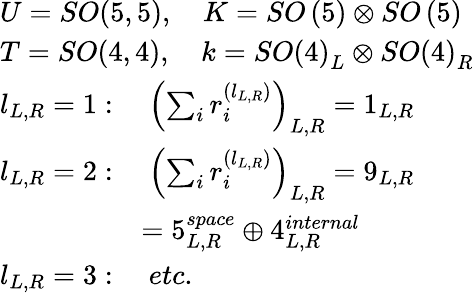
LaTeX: \begin{array}{l}{{U=SO(5,5),\quad K=SO\left(5\right)\otimes SO\left(5\right)}}\\ {{T=SO(4,4),\quad k=SO\left(4\right)_{L}\otimes SO\left(4\right)_{R}}}\\ {{l_{L,R}=1:\quad\left(\sum_{i}r_{i}^{(l_{L,R})}\right)_{L,R}=1_{L,R}}}\\ {{l_{L,R}=2:\quad\left(\sum_{i}r_{i}^{(l_{L,R})}\right)_{L,R}=9_{L,R}}}\\ {{\quad\quad\quad\quad\quad=5_{L,R}^{space}\oplus 4_{L,R}^{internal}}}\\ {{l_{L,R}=3:\quad etc.}}\end{array}